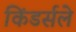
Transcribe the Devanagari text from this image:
किंडर्सले